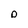
Character: o